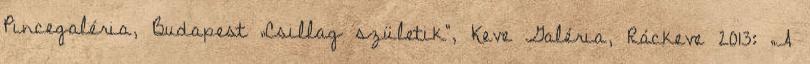
Pincegaléria, Budapest „Csillag születik”, Keve Galéria, Ráckeve 2013: „A